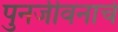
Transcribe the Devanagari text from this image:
पुनर्जीवनाचे